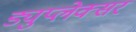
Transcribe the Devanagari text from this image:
ड्युप्लेक्सर